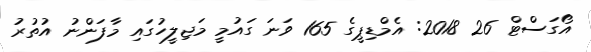
އޯގަސްޓް 26 2018: އެމްޑިޕީގެ 165 ވަނަ ގައުމީ މަޖިލީހުގައި މާފަންނު އުތުރު